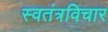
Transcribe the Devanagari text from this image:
स्वतंत्रविचार